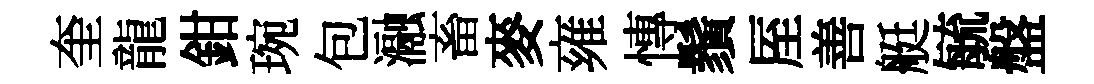
奎龍鉗琬包瀜畜麥雍慱鬚厔善艇毓盤